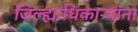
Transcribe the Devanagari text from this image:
जिल्ह्याधिकाऱ्यांना